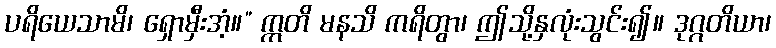
ပရိယေသာမိ၊ ရှောမှီးအံ့။” ဣတိ မနသိ ကရိတွာ၊ ဤသို့နှလုံးသွင်း၍။ ဒုဂ္ဂတိယာ၊